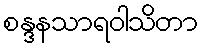
စန္ဒနသာရဝါသိတာ